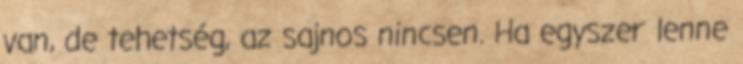
van, de tehetség, az sajnos nincsen. Ha egyszer lenne